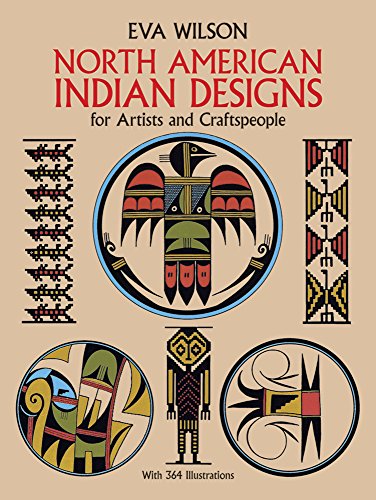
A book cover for North American Indian Designs for Artists and Craftspeople (Dover Pictorial Archive); Eva Wilson; Arts & Photography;